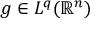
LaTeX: g \in L ^ { q } ( \mathbb { R } ^ { n } )